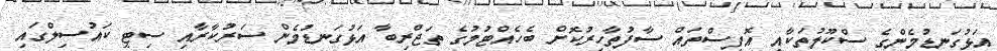
އަޅުގަނޑުމެންގެ ސްކޫލުތަކާއި އޮފީސްތައް ސާފުތާހިރުކޮށް ބެހެއްޓުމުގެ ތަޖްރިބާ އަޅުގަނޑުމެން ސަރުކާރާއި ސިޓީ ކައުސިލްގައި